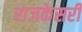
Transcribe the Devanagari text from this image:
राजकेसरी